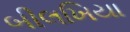
બીલખિયા